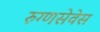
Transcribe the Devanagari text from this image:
रुग्णसेवेस